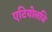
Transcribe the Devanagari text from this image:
एटियोलजि